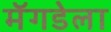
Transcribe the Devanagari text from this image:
मॅगडेला